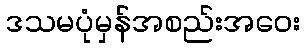
ဒသမပုံမှန်အစည်းအဝေး